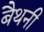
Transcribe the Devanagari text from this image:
बैथनी